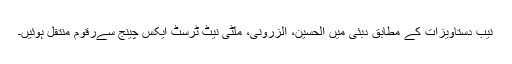
نیب دستاویزات کے مطابق دبئی میں الحسین، الزرونی، ملٹی نیٹ ٹرسٹ ایکس چینج سےرقوم منتقل ہوئیں۔